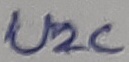
Text: U2C